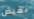
نقيض